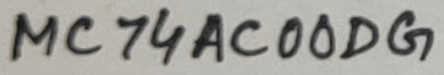
Text: MC74AC00DG